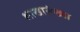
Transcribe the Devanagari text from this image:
शाखासंख्या